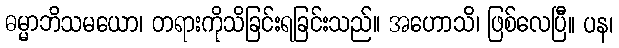
ဓမ္မာဘိသမယော၊ တရားကိုသိခြင်းရခြင်းသည်။ အဟောသိ၊ ဖြစ်လေပြီ။ ပန၊